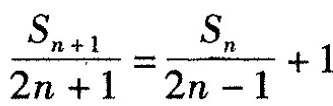
$$\frac{S _ { n + 1 } } { 2 n + 1 } = \frac { S _ { n } } { 2 n - 1 } + 1$$